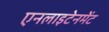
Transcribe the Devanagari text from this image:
एनलाइटेनमेंट